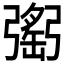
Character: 𢐥